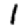
Digit: 1